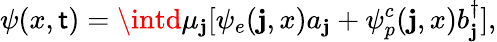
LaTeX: \psi(x,\mathsf{t})=\intd\mu_{\mathbf{j}}[\psi_{e}(\mathbf{j},x)a_{\mathbf{j}}+\psi_{p}^{c}(\mathbf{j},x)b_{\mathbf{j}}^{\dagger}],